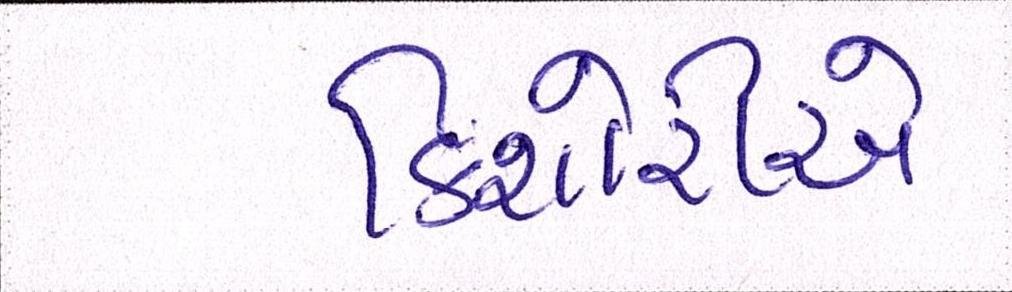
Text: કિશોરીએ